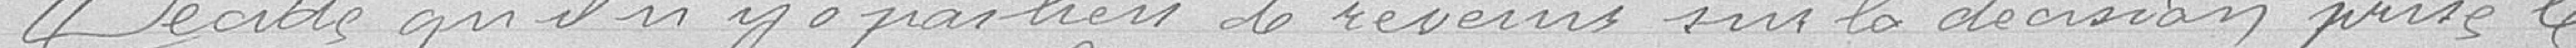
Décide qu'il n'y a pas bien de revenir sur la décision prise le